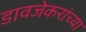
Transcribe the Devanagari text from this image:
डावजेकरांच्या